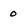
Character: 0